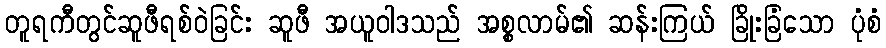
တူရကီတွင်ဆူဖီရစ်ဝဲခြင်း ဆူဖီ အယူဝါဒသည် အစ္စလာမ်၏ ဆန်းကြယ် ခြိုးခြံသော ပုံစံ